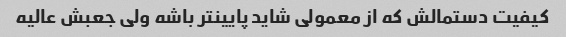
کیفیت دستمالش که از معمولی شاید پایینتر باشه ولی جعبش عالیه